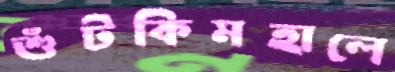
শুঁটকিমহালে